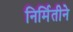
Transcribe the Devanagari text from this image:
निर्मितीने